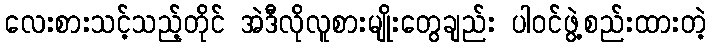
လေးစားသင့်သည့်တိုင် အဲဒီလိုလူစားမျိုးတွေချည်း ပါဝင်ဖွဲ့စည်းထားတဲ့